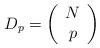
LaTeX: \begin{align*}D_{p}=\left(\begin{array}{c} N \\ p \end{array}\right) \end{align*}